Report on vaccination in the Province of Bengal - 1874-1889
Year: 1874
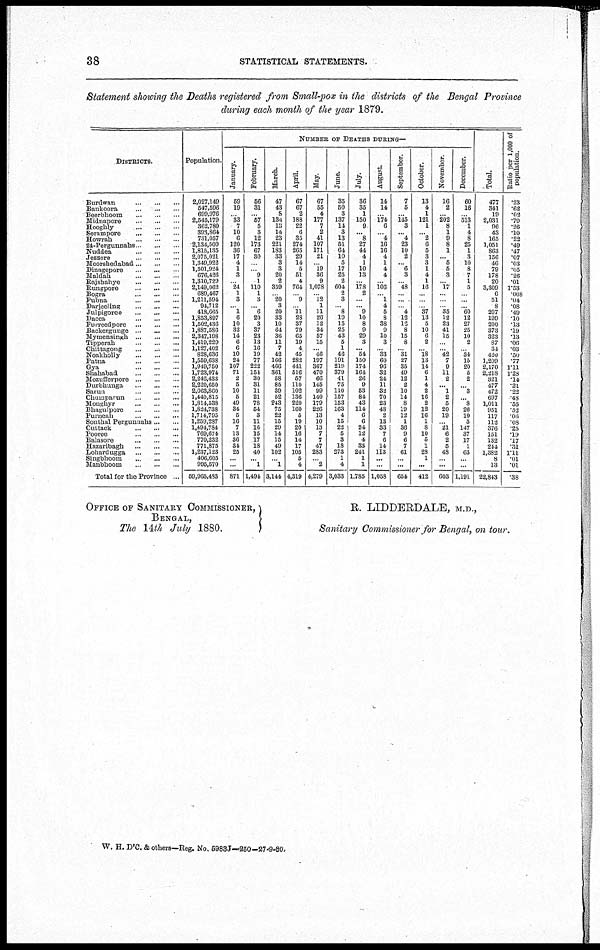
38
STATISTICAL STATEMENTS.
Statement showing the Deaths registered from Small-pox in the districts of the Bengal Province
during each month of the year 1879.
DISTRICTS.
Burdwan
...
...
...
Bankoora
...
...
...
Beerbhoom
...
...
...
Midnapore
...
...
...
Hooghly
...
...
...
Serampore
...
...
...
Howrah
...
...
...
24-Pergunnahs ... ... ...
Nuddea
...
...
...
Jessore
...
...
...
Moorshedabad ... ... ...
Dinagepore
...
...
...
Maldah
...
...
...
Rajshahye
...
...
...
Rungpore
...
...
...
Bogra
...
...
...
Pubna
...
...
...
Darjeeling
...
...
...
Julpigoree
...
...
...
Dacca
...
...
...
Furreedpore
...
...
...
Backergunge ... ... ...
Mymensingh
...
...
...
Tipperah
...
...
...
Chittagong
...
...
...
Noakholly
...
...
...
Patna
...
...
...
Gya
...
...
...
Shahabad
...
...
...
Mozufferpore
...
...
...
Durbbunga
...
...
...
Sarun
...
...
...
Chumparun ... ... ...
Monghyr
...
...
...
Bhagulpore ... ... ...
Purneah
...
...
...
Sonthal Pergunnahs ... ...
Cuttack
...
...
...
Pooree
...
...
...
Balasore
...
...
...
Hazaribagh
...
...
...
Lohardugga
...
...
...
Singbhoom
...
...
...
Manbhoom
...
...
...
Total for the Province ...
Population.
2,027,149
547,596
699,976
2,545,179
362,780
393,864
731,057
2,134,500
1,815,135
2,075,021
1,349,922
1,501,924
676,426
1,310,729
2,149,062
689,467
l,211,594
94,712
418,665
1,853,897
1,502,436
1,887,586
2,347,198
1,419,229
1,127,402
828,636
1,559,638
1,949,750
1,723,974
2,246,433
2,220,650
2,063,860
1,440,815
1,814,538
1,824,738
1,714,795
1,259,284
1,494,784
769,674
770,232
771,875
1,237,123
406,605
995,570
59,965,483
NUMBER OF DEATHS DURING—
January.
59
19
...
33
7
10
6
120
36
17
4
1
3
... 24
1
3
...
1
6
10
82
14
6
6
10
24
107
71
2
6
10
5
49
34
5
16
7
13
36
34
25
...
...
871
February.
56
31
...
57
5
3
12
173
67
30
...
...
9
1
110 1
3
... 6
20
3
87
23
13
16
19
77
222
154
30
31
11
21
78
54
3
11
16
15
17
18
40
... 1
1,494
March.
47
43
8
134
18
14
23
221
183
33
3
3
20
2
359
...
20
3
20
33
10
64
36
11
7
42
166
466
361
58
85
39
52
243
75
22
15
29
14
15
49
102
...
1
3,144
April.
67
67
2
188
22
6
35
274
265
29
14
5
51
4
764
... 9
...
11
28
37
79
65
19
4
45
282
441
516
57
110
102
136
220
160
5
19
20
16
14
17
105
5
4
4,319
May.
67
55
4
177
7
2
41
107
171
21
...
19
36
9
1,078
...
12 1
11
26
12
34
57
15
...
46
197
367
470
66
145
99
140
179
226
13
10
13
7
7
47
283
... 2
4,279
June.
35
50
3
137
14
3
13
51
64
10
5
17
25
2
604
2
3
...
8
19
15
25
43
5
1
46
191
219
379
41
75
110
157
153
163
4
15
22
5
3
18
273
1
4
3,033
July.
36
35
1
150
9
... 8
27
44
4
1
10
13
...
178 2
...
... 9
10
8
9
29
3
... 54
150
174
164
26
9
53
84
43
114
6
6
24
12
4
33
241
1
1
1,785
August.
14
14
...
174
6
...
4
16
16
4
1
4
4
...
106
... 1
4
5
8
38
9
10
3
...
33
60
96
32
24
11
32
70
23
48
2
13
33
7
6
14
113
...
...
1,058
September.
7
5
...
145
3
... 4
23
10
2
... 6
3
...
48
...
...
...
4
12
12
8
15
8
... 31
27
35
49
12
2
10
14
8
19
12
1
36
9
6
7
61
...
...
654
October.
13
4
1
121
1
... 2
6
5
3
3
1
4
1
16
...
...
...
37
13
5
10
6
2
... 18
13
14
6
1
4
2
16
2
12
16
1
8
10
5
1
28
1
...
412
November.
16
2
...
202
8
1
9
8
1
... 5
5
3
...
17
...
...
...
35
12
23
41
15
...
...
42
7
9
11
2
... 1
2
5
20
19
...
21
6
2
5
48
...
...
603
December.
60
16
...
513
1
4
8
25
1
3
10
8
7
1
5
...
...
...
60
12
27
25
10
2
...
34
15
20
5
2
... 3
...
8
26
10
5
147
37
17
1
63
...
...
1,191
Total.
477
341
19
2,031
96
43
165
1,051
863
156
46
79
178
20
3,309
6
51
8
207
199
200
373
323
87
34
420
1,209
2,170
2,218
321
477
472
697
1,011
951
117
112
376
151
132
244
1,382
8
13
22,843
Ratio per 1,000 of
population.
.23
.62
.02
.79
.26
.10
.22
.49
.47
.07
.03
.05
.26
.01
1.53
008
.04
.08
.49
.10
.13
.19
.13
.06
.03
.50
77
1.11
1.28
.14
.21
.22
.48
.55
.52
.06
.08
.25
.19
.17
.31
1.11
.01
.01
.38
OFFICE OF SANITARY COMMISSIONER,
BENGAL,
The 14th July
1880.
R. LIDDERDALE, M.D.,
Sanitary Commissioner for Bengal, on tour.
W. H. D'C. & others—Reg. No. 5983J—250—27-9-80.